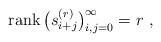
LaTeX: \begin{gather*} {\rm{rank}}\, \big( s_{i + j }^{(r)} \big)_{i, j = 0}^{\infty} = r \ ,\end{gather*}